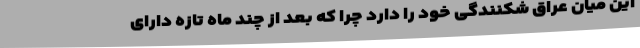
این میان عراق شکنندگی خود را دارد چرا که بعد از چند ماه تازه دارای